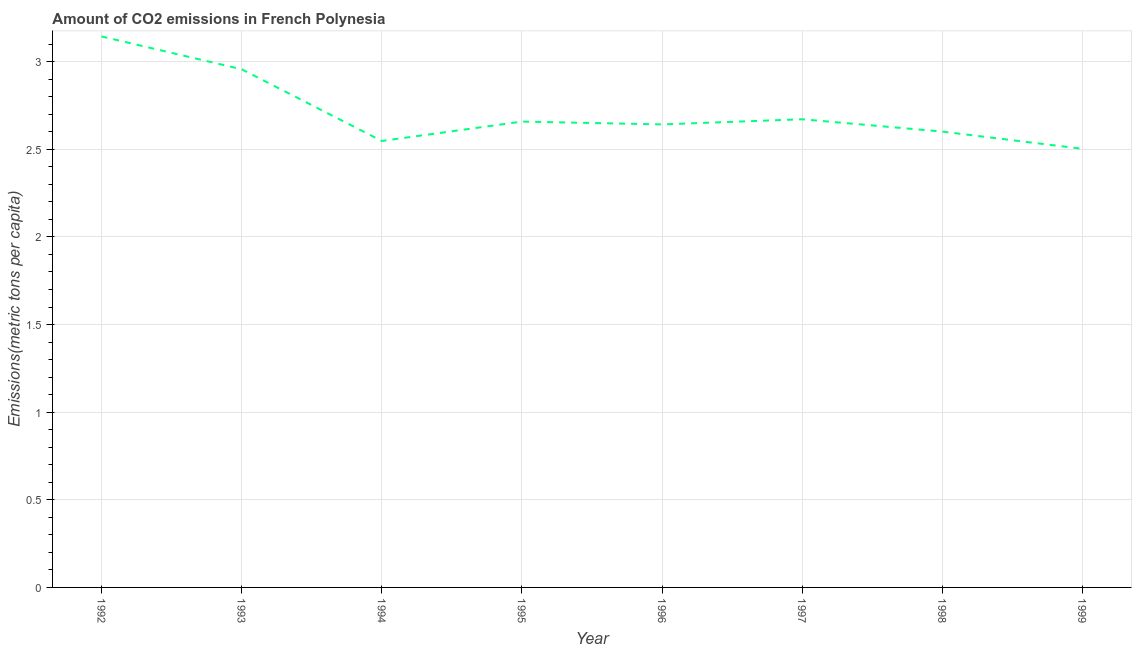
| Year | CO2 emissions |
 | --- | --- |
 | 1992 | 3.14 |
 | 1993 | 2.96 |
 | 1994 | 2.55 |
 | 1995 | 2.66 |
 | 1996 | 2.64 |
 | 1997 | 2.67 |
 | 1998 | 2.6 |
 | 1999 | 2.5 |